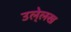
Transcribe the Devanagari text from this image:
उले्लख